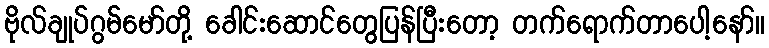
ဗိုလ်ချုပ်ဂွမ်မော်တို့ ခေါင်းဆောင်တွေပြန်ပြီးတော့ တက်ရောက်တာပေါ့နော်။